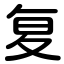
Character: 复